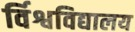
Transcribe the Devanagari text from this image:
र्विश्वविद्यालय